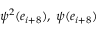
\psi ^ { 2 } ( e _ { i + 8 } ) , \; \psi ( e _ { i + 8 } )